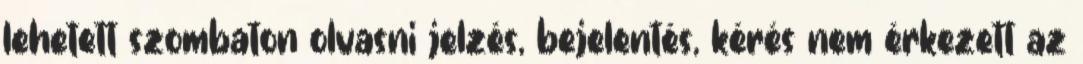
lehetett szombaton olvasni jelzés, bejelentés, kérés nem érkezett az